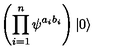
\left( \prod _ { i = 1 } ^ { n } \psi ^ { a _ { i } b _ { i } } \right) | 0 \rangle